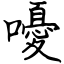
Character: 嚘